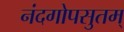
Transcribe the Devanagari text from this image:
नंदगोपसुतम्